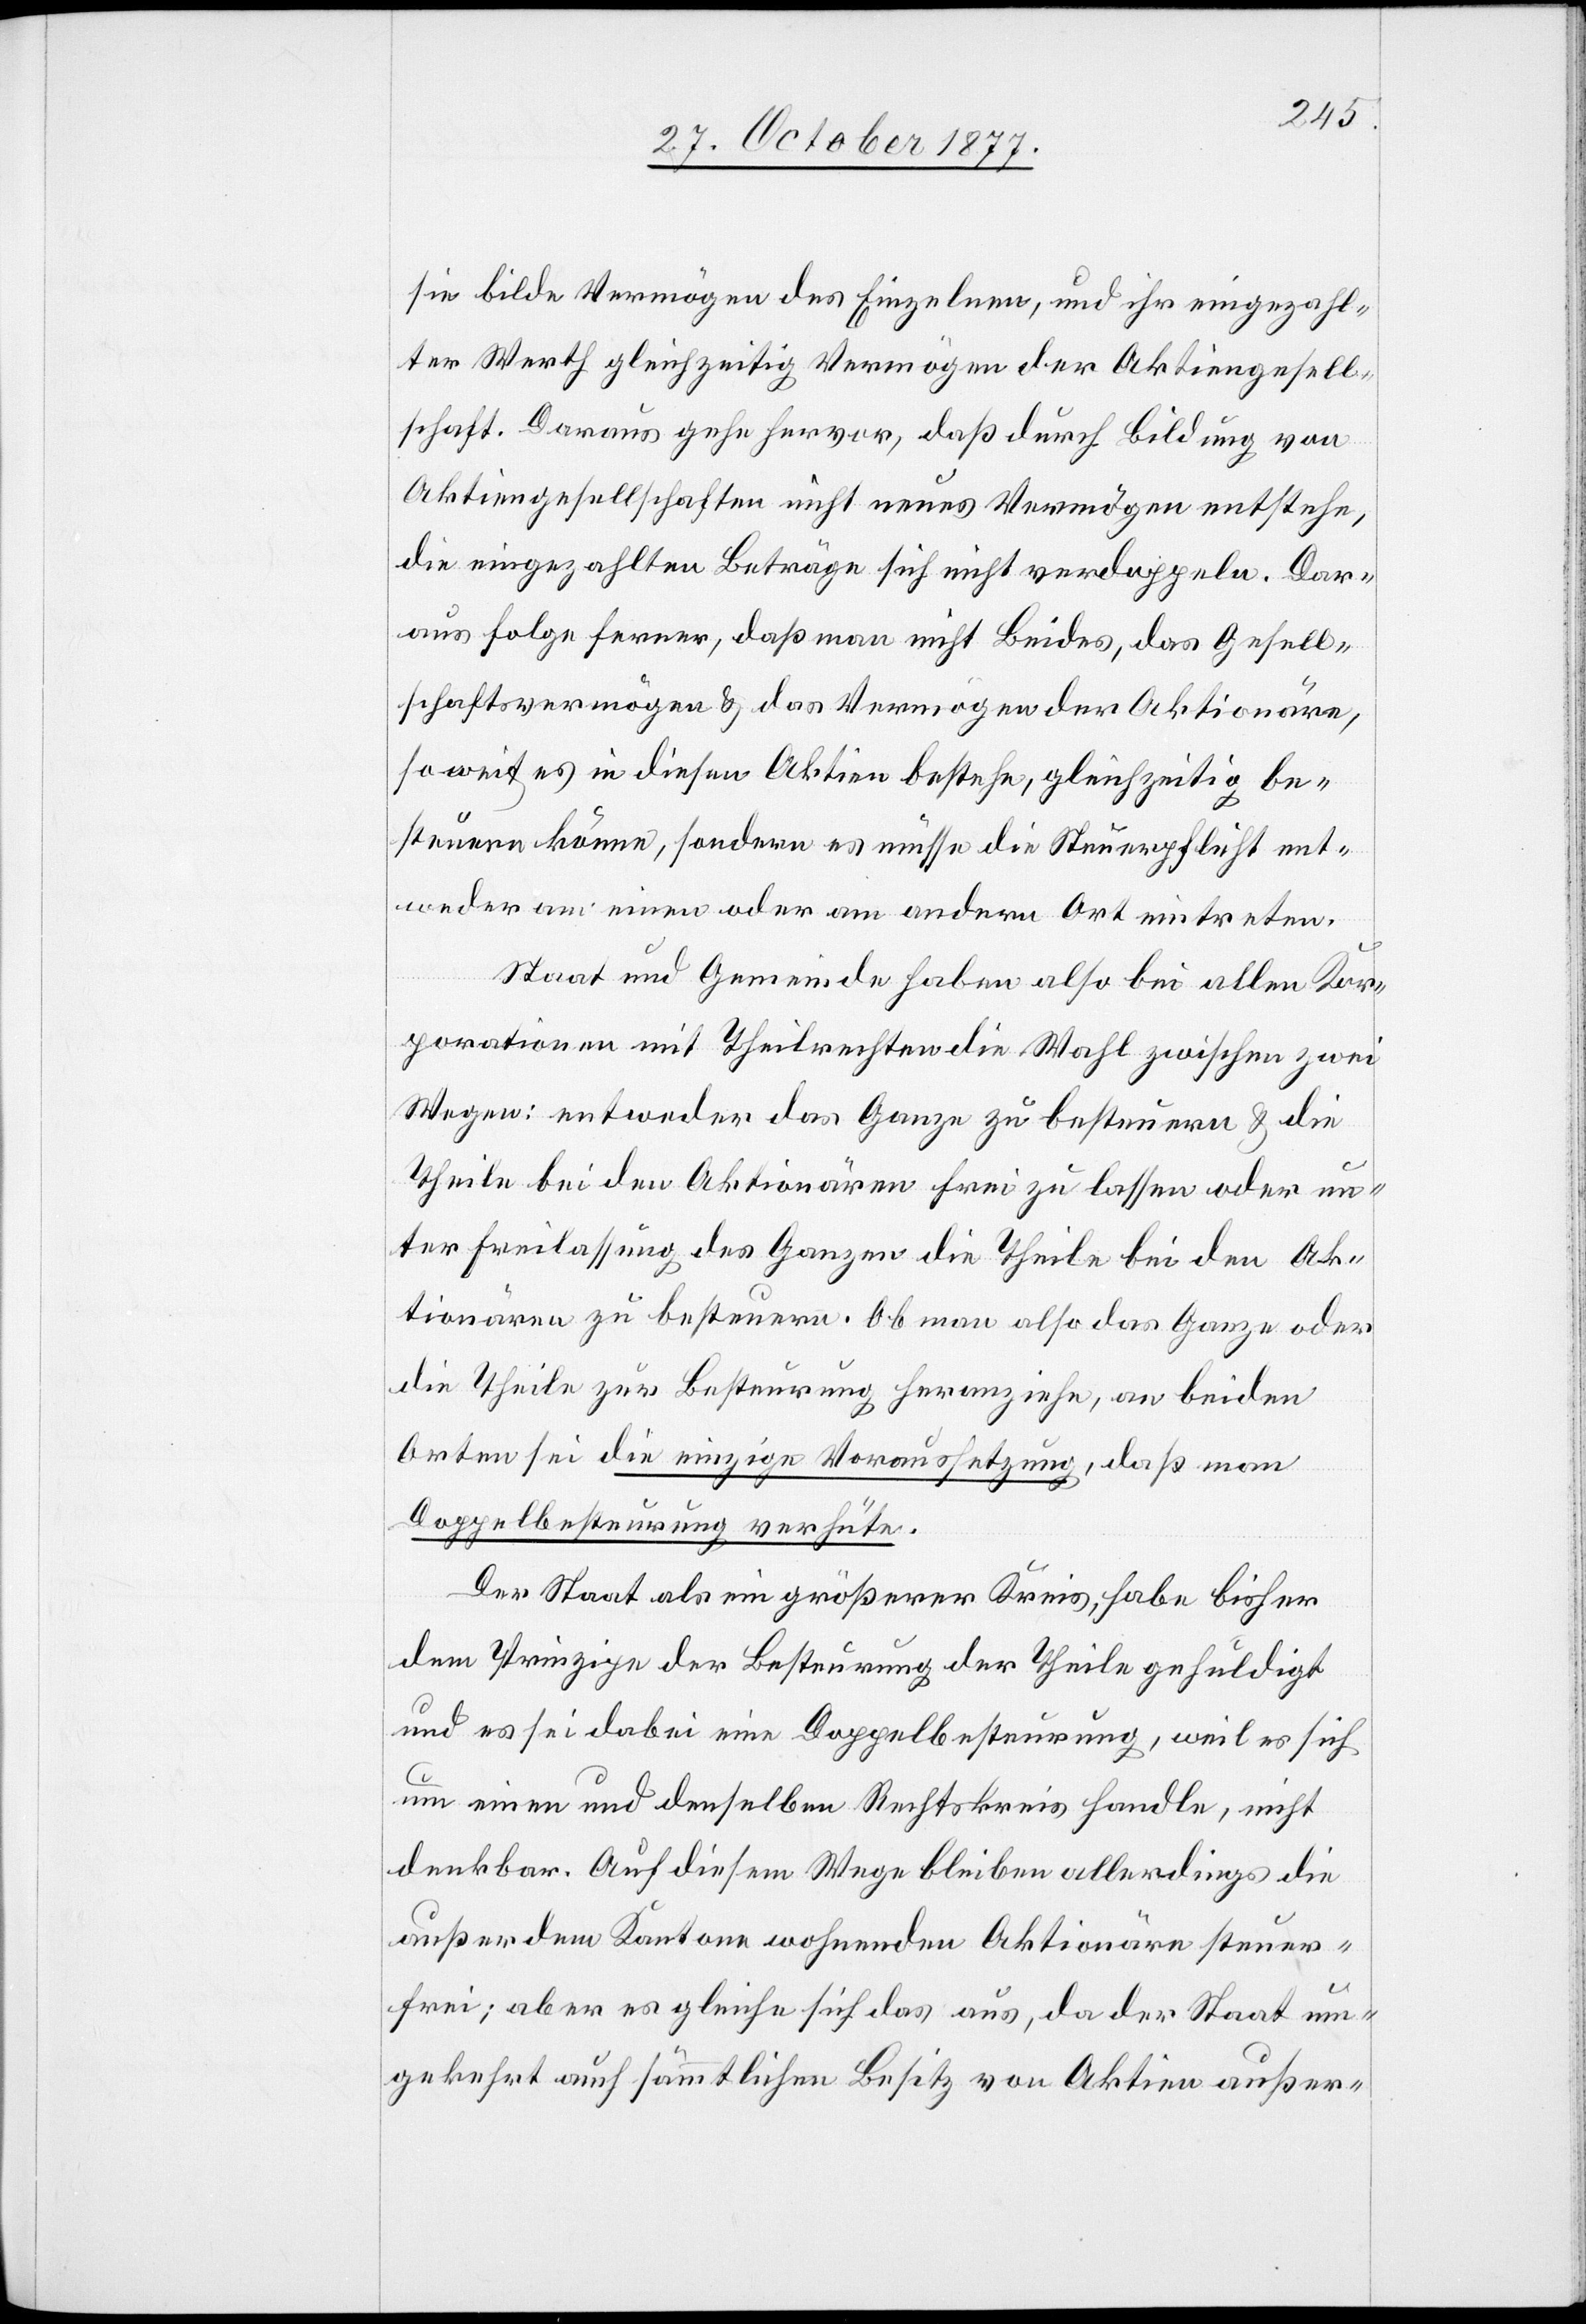
sie bilde Vermögen des Einzelnen, und ihr eingezahl¬
ter Werth gleichzeitig Vermögen der Aktiengesell¬
schaft. Daraus gehe hervor, daß durch Bildung von
Aktiengesellschaften nicht neues Vermögen entstehe,
die eingezahlten Beträge sich nicht verdoppeln. Dar¬
aus folge ferner, daß man nicht Beides, das Gesell¬
schaftsvermögen & das Vermögen der Aktionäre,
so weit es in diesen Aktien bestehe, gleichzeitig be¬
steuern könne, sondern es müsse die Steuerpflicht ent¬
weder am einen oder am andern Ort eintreten.
Staat und Gemeinde haben also bei allen Kor¬
porationen mit Theilrechten die Wahl zwischen zwei
Wegen: entweder das Ganze zu besteuern & die
Theile bei den Aktionären frei zu lassen oder un¬
ter Freilassung des Ganzen die Theile bei den Ak¬
tionären zu besteuern. Ob man also das Ganze oder
die Theile zur Besteurung heranziehe, an beiden
Orten sei die einzige Voraussetzung, daß man
Doppelbesteurung verhüte.
Der Staat als ein größerer Kreis, habe bisher
dem Prinzipe der Besteurung der Theile gehuldigt
und es sei dabei eine Doppelbesteurung, weil es sich
um einen und denselben Rechtskreis handle, nicht
denkbar. Auf diesem Wege bleiben allerdings die
außer dem Kantone wohnenden Aktionäre steuer¬
frei; aber es gleiche sich das aus, da der Staat um¬
gekehrt auch sämmtlichen Besitz von Aktien außer-